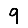
Digit: 9